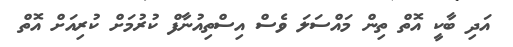
އަދި ބާކީ އޮތް ތިން މައްސަލަ ވެސް އިސްތިއުނާފް ކުރުމަށް ކުރިއަށް އޮތް